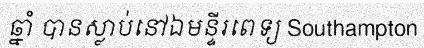
ឆ្នាំ បានស្លាប់នៅឯមន្ទីរពេទ្យ Southampton